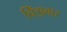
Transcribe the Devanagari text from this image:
बिँझवार